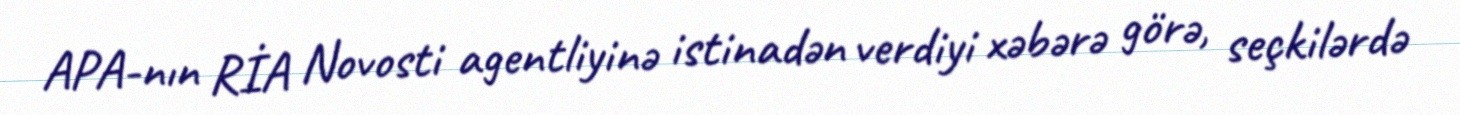
APA-nın RİA Novosti agentliyinə istinadən verdiyi xəbərə görə, seçkilərdə